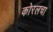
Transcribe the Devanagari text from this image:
कोरलचा